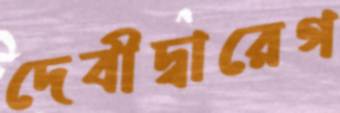
দেবীদ্বারেগ